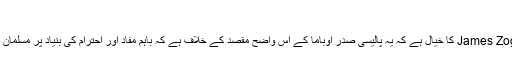
‘‘
عرب امریکن انسٹی ٹیوٹ کے صدر James Zogby کا خیال ہے کہ یہ پالیسی صدر اوباما کے اس واضح مقصد کے خلاف ہے کہ باہم مفاد اور احترام کی بنیاد پر مسلمان دنیا کے ساتھ بہتر تعلقات قائم کیے جائیں۔